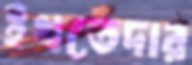
ইখতেদার